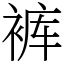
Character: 裤